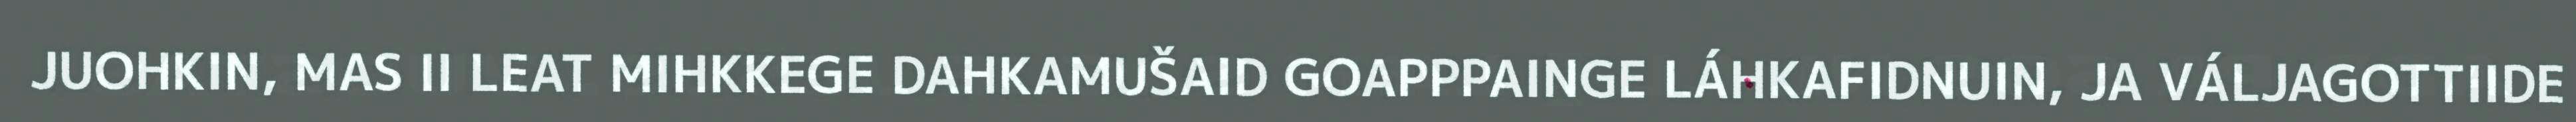
JUOHKIN, MAS II LEAT MIHKKEGE DAHKAMUŠAID GOAPPPAINGE LÁHKAFIDNUIN, JA VÁLJAGOTTIIDE